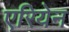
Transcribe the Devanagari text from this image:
एरियेन